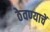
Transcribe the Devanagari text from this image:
ठेवण्याचें